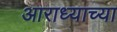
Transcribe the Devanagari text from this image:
आराध्याच्या